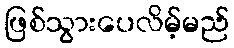
ဖြစ်သွားပေလိမ့်မည်